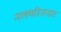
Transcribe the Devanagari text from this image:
नलचरितनाट